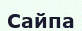
Сайпа